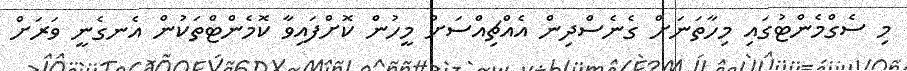
މި ސެގްމެންޓުގައި މިހާތަނަށް ގެނެސްދިން އެއްޗިއްސަށް މީހުން ކޮށްފައިވާ ކޮމެންޓްތަކުން އެނގެނީ ވަރަށް